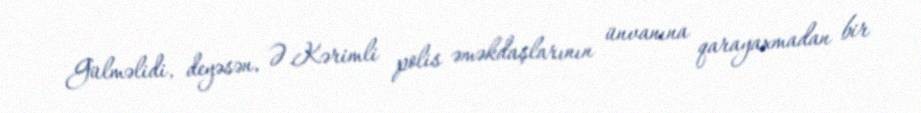
Gülməlidi, deyəsən, Ə.Kərimli polis əməkdaşlarının ünvanına qarayaxmadan bir